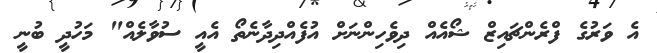
އެ ވަރުގެ ފްރެންޗައިޒް ޝޯއެއް ދިވެހިންނަށް އުފެއްދިދާނެތޯ އެއީ ސުވާލެއް" މަހުދީ ބުނީ